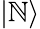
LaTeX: |\mathbb{N}\rangle